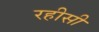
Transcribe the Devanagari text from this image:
रहीसी